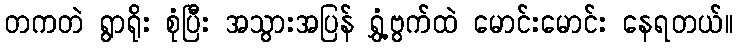
တကတဲ ရွာရိုး စုံပြီး အသွားအပြန် ရွှံ့ဗွက်ထဲ မောင်းမောင်း နေရတယ်။